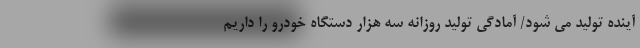
آینده تولید می شود/ آمادگی تولید روزانه سه هزار دستگاه خودرو را داریم